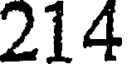
214